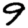
Digit: 9